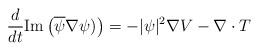
LaTeX: \begin{align*}\frac{d}{dt}\mathrm{Im}\left( \overline{\psi }\nabla \psi )\right) =-|\psi|^{2}\nabla V-\nabla \cdot T \end{align*}